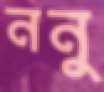
ননু